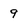
Character: 9